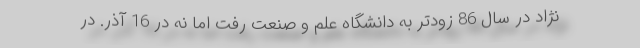
نژاد در سال 86 زودتر به دانشگاه علم و صنعت رفت اما نه در 16 آذر. در